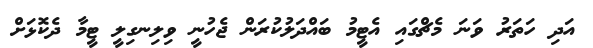
އަދި ހަތަރު ވަނަ މެޗްގައި އެޓީމު ބައްދަލުކުރަން ޖެހުނީ ވިލިނގިލީ ޓީމާ ދެކޮޅަށް